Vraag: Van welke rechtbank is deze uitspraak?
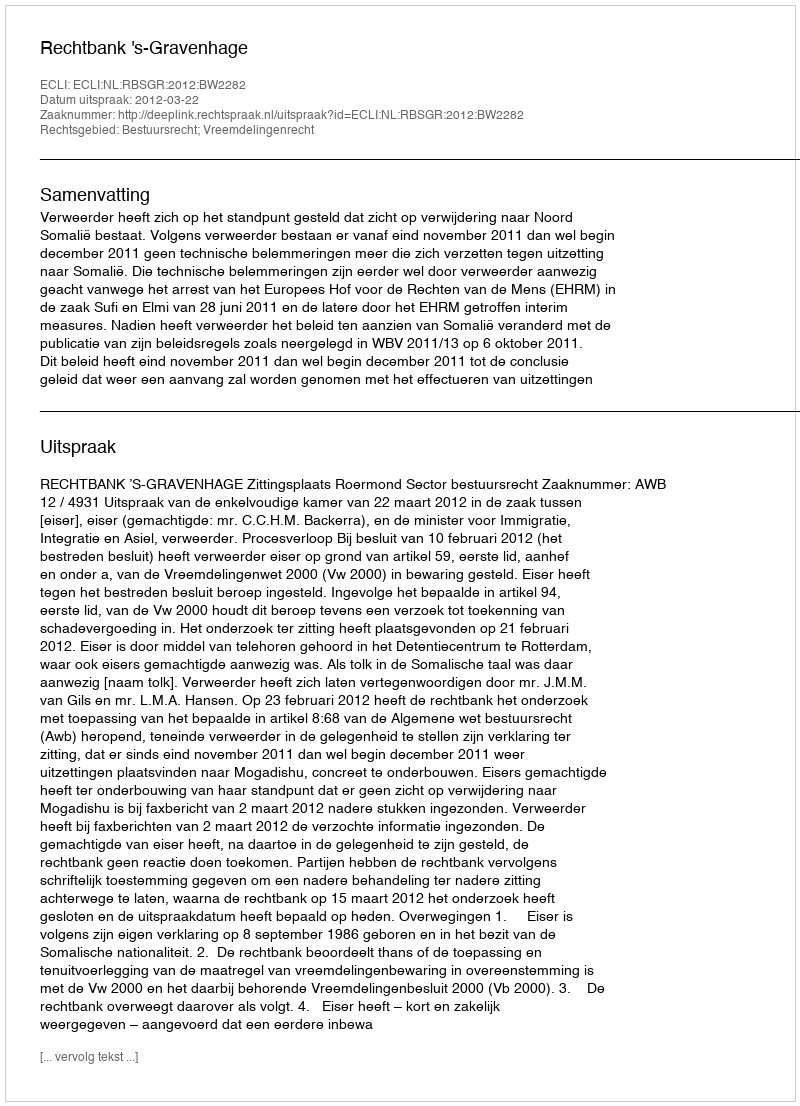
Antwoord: Rechtbank 's-Gravenhage